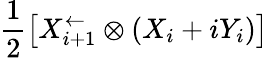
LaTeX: \frac{1}{2}\left[X_{i+1}^{\leftarrow}\otimes(X_{i}+iY_{i})\right]